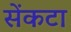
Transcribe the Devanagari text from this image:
सेंकटा